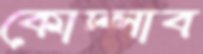
কোদ্‌লাব